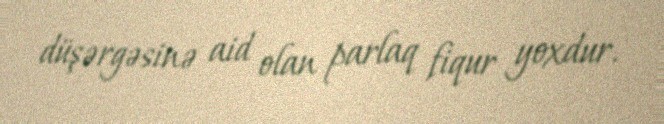
düşərgəsinə aid olan parlaq fiqur yoxdur.